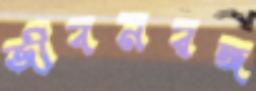
জীবনরঙ্গ